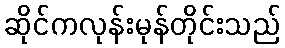
ဆိုင်ကလုန်းမုန်တိုင်းသည်